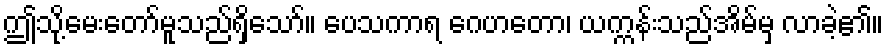
ဤသို့မေးတော်မူသည်ရှိသော်။ ပေသကာရ ဂေဟတော၊ ယက္ကန်းသည်အိမ်မှ လာခဲ့၏။